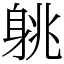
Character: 䠷